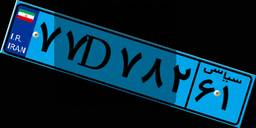
۴۳D۹۳۹۸۹